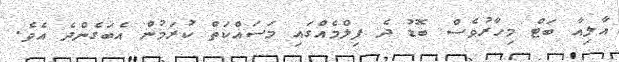
އާލިއާ ބަޓް މިހާރުވެސް ބޮޑު ދެ ފިލްމެއްގައި މަސައްކަތް ކުރަމުން އެބަގެންދެ އެވެ.